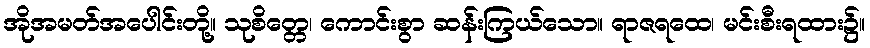
အိုအမတ်အပေါင်းတို့။ သုစိတ္တေ၊ ကောင်းစွာ ဆန်းကြယ်သော။ ရာဇရထေ၊ မင်းစီးရထား၌။